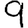
Digit: 9